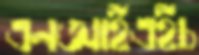
এনআইএইচ